65_HS1-834228961_62-HQ-83894_Section_2
Agency: FBI
Page 48
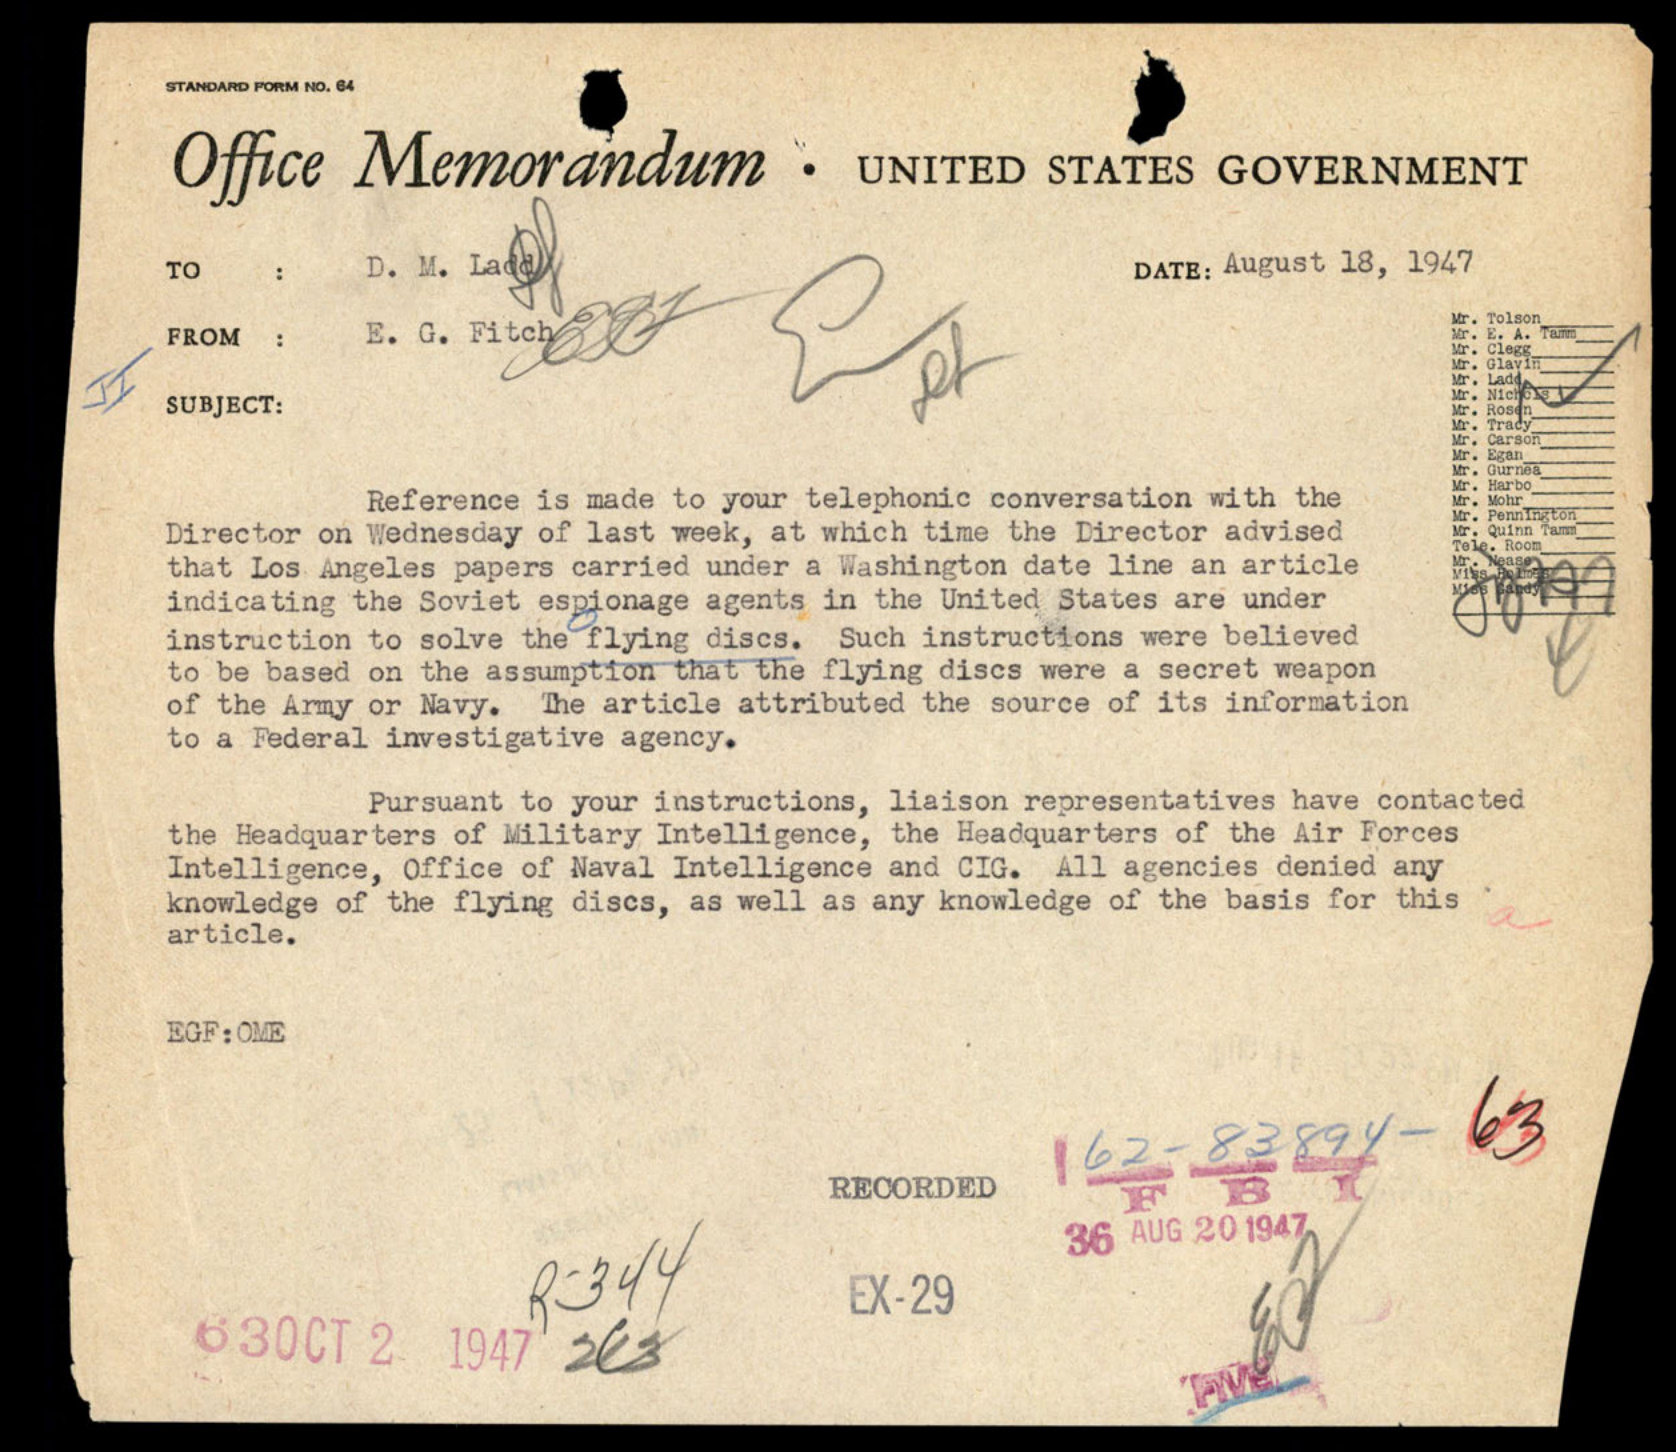